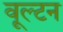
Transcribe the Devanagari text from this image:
वूल्टन